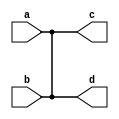
module buf_not_gates(input a,b, output c,d);
buf(c, a, b);
not(d, a, b);
endmodule